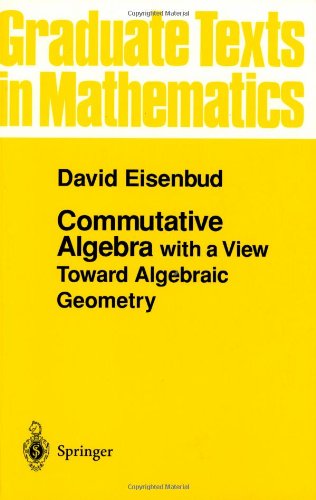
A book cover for Commutative Algebra: with a View Toward Algebraic Geometry (Graduate Texts in Mathematics); David Eisenbud; Science & Math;